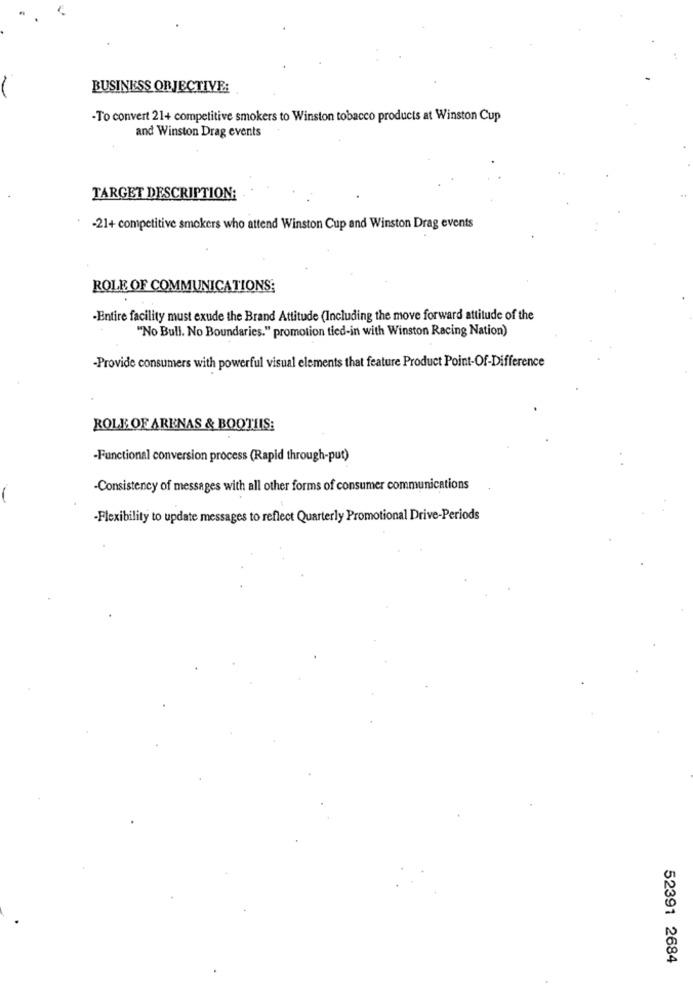
BUSINESS ORJECTIVE:
-To convert 21+ competitive smokers to Winston tobacco products at Winston Cup
and Winston Drag events
TARGET DESCRIPTION:
-21+ competitive smokers who attend Winston Cup and Winston Drag events
ROLE OF COMMUNICATIONS;
-Entire facility must exude the Brand Attitude (Including the move forward attitude of the
"No Bull. No Boundaries." promotion tied-in with Winston Racing Nation)
-Provide consumers with powerful visual elements that feature Product Point-Of-Difference
ROLE OF ARENAS & BOOTHIS:
-Functional conversion process (Rapid through-put)
-Consistency of messages with all other forms of consumer communications
-Flexibility to update messages to reflect Quarterly Promotional Drive-Periods
52391 2684